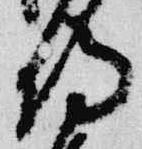
侍